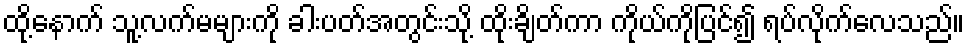
ထို့နောက် သူ့လက်မများကို ခါးပတ်အတွင်းသို့ ထိုးချိတ်ကာ ကိုယ်ကိုပြင်၍ ရပ်လိုက်လေသည်။